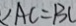
\angle A C = B C